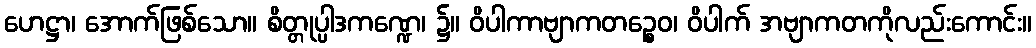
ဟေဋ္ဌာ၊ အောက်ဖြစ်သော။ စိတ္တုပ္ပါဒကဏ္ဍေ၊ ၌။ ဝိပါကာဗျာကတဉ္စေဝ၊ ဝိပါက် အဗျာကတကိုလည်းကောင်း။